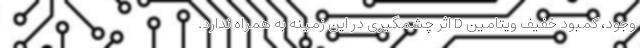
وجود، کمبود خفیف ویتامین D اثر چشمگیری در این زمینه به همراه ندارد.